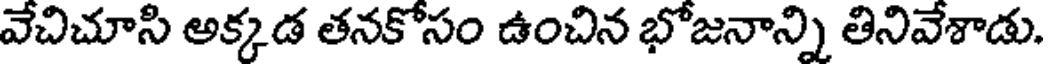
వేచిచూసి అక్కడ తనకోసం ఉంచిన భోజనాన్ని తినివేశాడు.